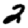
Digit: 2